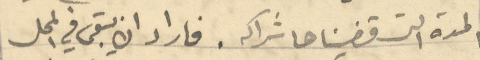
المدة التي قضيناها شراكة. فاراد ان يبقى في المحل